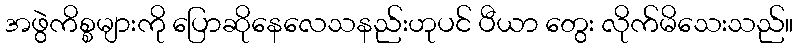
အဖွဲကိစ္စများကို ပြောဆိုနေလေသနည်းဟုပင် ပီယာ တွေး လိုက်မိသေးသည်။